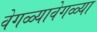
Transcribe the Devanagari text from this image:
वेगळ्यावेगळ्या